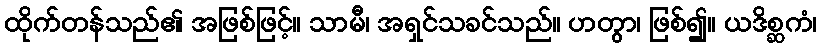
ထိုက်တန်သည်၏ အဖြစ်ဖြင့်။ သာမီ၊ အရှင်သခင်သည်။ ဟတွာ၊ ဖြစ်၍။ ယဒိစ္ဆကံ၊